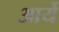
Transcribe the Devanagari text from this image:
आर्ये